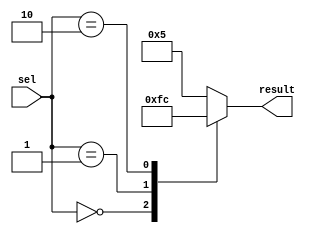
module multiway_branch (
    input [1:0] sel,
    output reg [3:0] result
);

always @(*)
begin
    case(sel)
        2'b00: result = 4'b0000;
        2'b01: result = 4'b1111;
        2'b10: result = 4'b1100;
        default: result = 4'b0101;
    endcase
end

endmodule